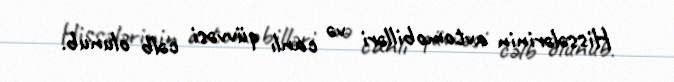
Hissələrinin avtomobilləri və canlı qüvvəsi cəlb olunub.